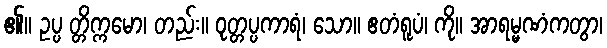
၏။ ဥပ္ပ တ္တိက္ကမော၊ တည်း။ ဝုတ္တပ္ပကာရံ၊ သော။ ဧတံရူပံ၊ ကို။ အာရမ္မဏံကတွာ၊